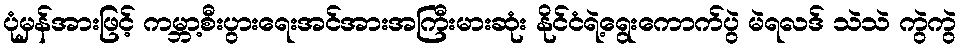
ပုံမှန်အားဖြင့် ကမ္ဘာ့စီးပွားရေးအင်အားအကြီးမားဆုံး နိုင်ငံရဲ့ရွေးကောက်ပွဲ မဲရလဒ် သဲသဲ ကွဲကွဲ